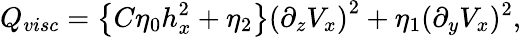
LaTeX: Q_{visc}=\left\{ C\eta_{0}h_{x}^{2}+\eta_{2}\right\} \left(\partial_{z}V_{x}\right)^{2}+\eta_{1}(\partial_{y}V_{x})^{2},